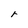
Character: r